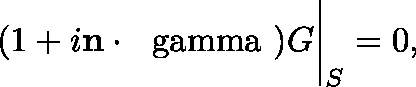
( 1 + i { \bf n } \cdot \mathrm { \boldmath { ~ \ g a m m a ~ } } ) G \bigg | _ { S } = 0 ,